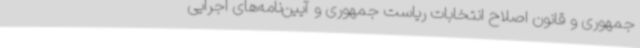
جمهوری و قانون اصلاح انتخابات ریاست جمهوری و آیین‌نامه‌های اجرایی